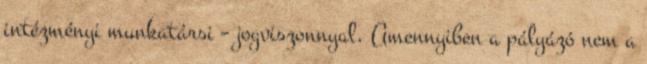
intézményi munkatársi – jogviszonnyal. Amennyiben a pályázó nem a